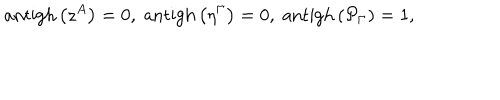
LaTeX: \mathrm { a n t i g h } \left( z ^ { A } \right) = 0 , \; \mathrm { a n t i g h } \left( \eta ^ { \Gamma } \right) = 0 , \; \mathrm { a n t i g h } \left( \mathcal { P } _ { \Gamma } \right) = 1 ,